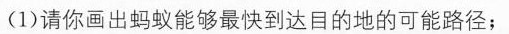
(1)请你画出蚂蚁能够最快到达目的地的可能路径；